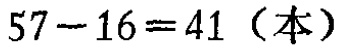
\(57 - 16 = 41\)（本）